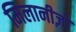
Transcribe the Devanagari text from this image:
मिलानीज़ों